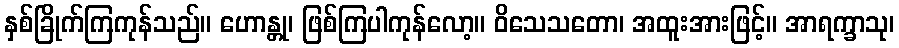
နှစ်ခြိုက်ကြကုန်သည်။ ဟောန္တု၊ ဖြစ်ကြပါကုန်လော့။ ဝိသေသတော၊ အထူးအားဖြင့်။ အာရက္ခာသု၊